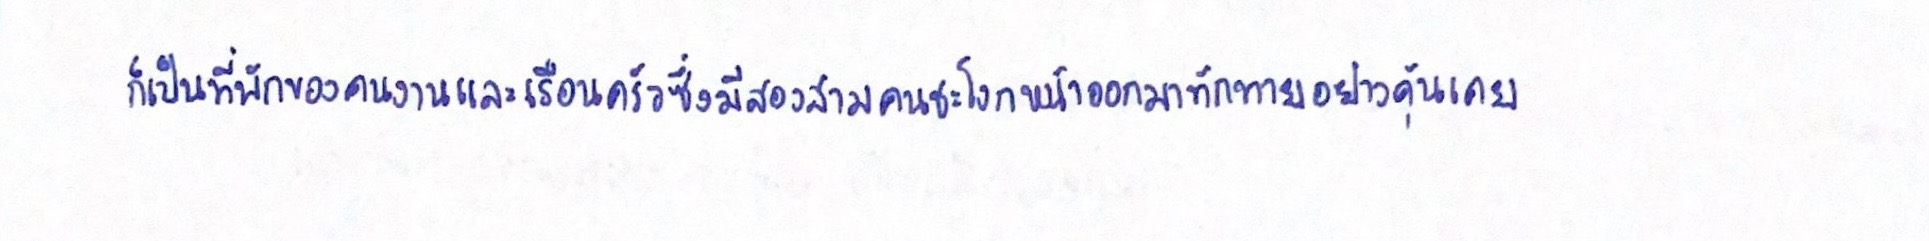
ก็เป็นที่พักของคนงานและเรือนครัวซึ่งมีสองสามคนชะโงกหน้าออกมาทักทายอย่างคุ้นเคย